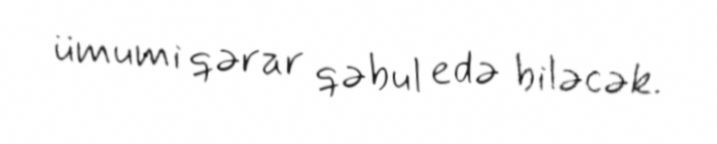
ümumi qərar qəbul edə biləcək.